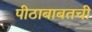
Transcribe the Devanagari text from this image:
पीठाबाबतची